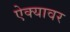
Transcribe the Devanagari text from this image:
ऐक्यावर